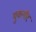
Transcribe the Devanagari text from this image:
युकगीर